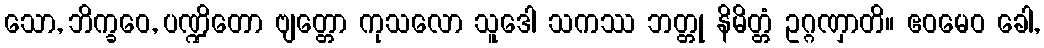
သော, ဘိက္ခဝေ, ပဏ္ဍိတော ဗျတ္တော ကုသလော သူဒေါ သကဿ ဘတ္တု နိမိတ္တံ ဥဂ္ဂဏှာတိ။ ဧဝမေဝ ခေါ,